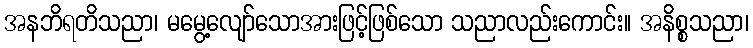
အနဘိရတိသညာ၊ မမွေ့လျော်သောအားဖြင့်ဖြစ်သော သညာလည်းကောင်း။ အနိစ္စသညာ၊